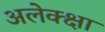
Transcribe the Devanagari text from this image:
अलेक्क्षा